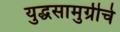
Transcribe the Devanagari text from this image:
युद्धसामुग्रीचे